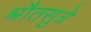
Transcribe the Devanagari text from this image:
श्रौतसुत्रे